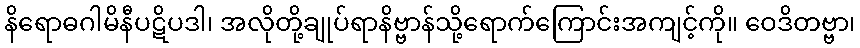
နိရောဓဂါမိနီပဋိပဒါ၊ အလိုတို့ချုပ်ရာနိဗ္ဗာန်သို့ရောက်ကြောင်းအကျင့်ကို။ ဝေဒိတဗ္ဗာ၊